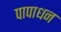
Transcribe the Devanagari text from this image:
पापाधन